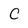
Character: C